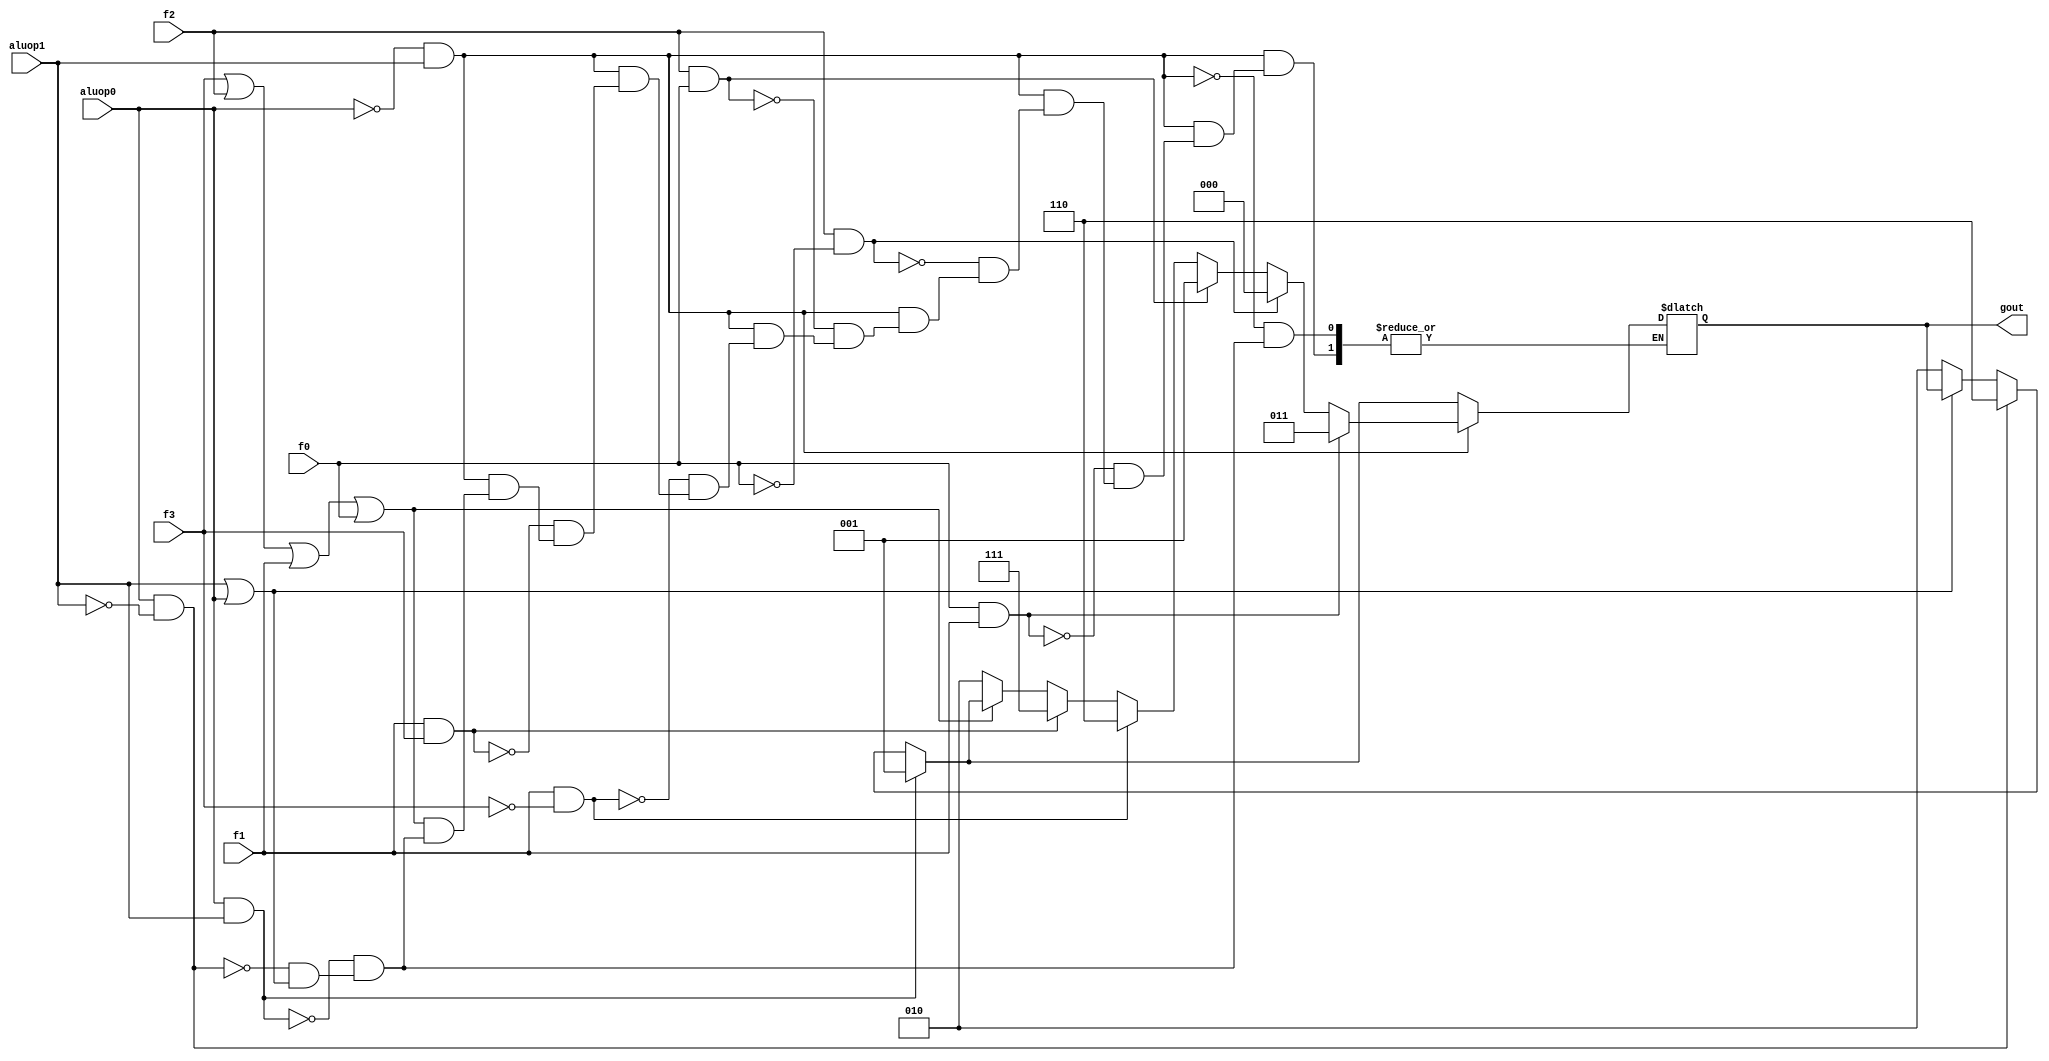
module alucont(aluop1,aluop0,f3,f2,f1,f0,gout);//Figure 4.12 
input aluop1,aluop0,f3,f2,f1,f0;
output [2:0] gout;
reg [2:0] gout;
always @(aluop1 or aluop0 or f3 or f2 or f1 or f0)
begin
if(~(aluop1|aluop0))  gout=3'b010;//   toplama 00 
if(aluop0&~(aluop1))gout=3'b110 ; //    karma         01
if(aluop0 &aluop1)gout=3'b001;  // ori
if(~(aluop0) & aluop1 )    // function code 
begin
	if (~(f3|f2|f1|f0))gout=3'b010; 	//function code=0000,ALU control=010 (add)
	if (f1&f3)gout=3'b111;			//function code=1x1x,ALU control=111 (set on less than)
	if (f1&~(f3))gout=3'b110;		//function code=0x10,ALU control=110 (sub)
	if (f2&f0)gout=3'b001;			//function code=x1x1,ALU control=001 (or)
	if (f2&~(f0))gout=3'b000;		//function code=x1x0,ALU control=000 (and)
	if (f0&f1)gout=3'b011; //srl		//function code=xx11,ALU control=011 (srl)
end
end
endmodule